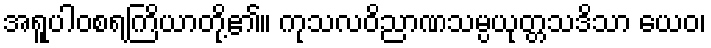
အရူပါဝစရကြိယာတို့၏။ ကုသလဝိညာဏသမ္ပယုတ္တသဒိသာ ယေဝ၊